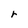
Character: r